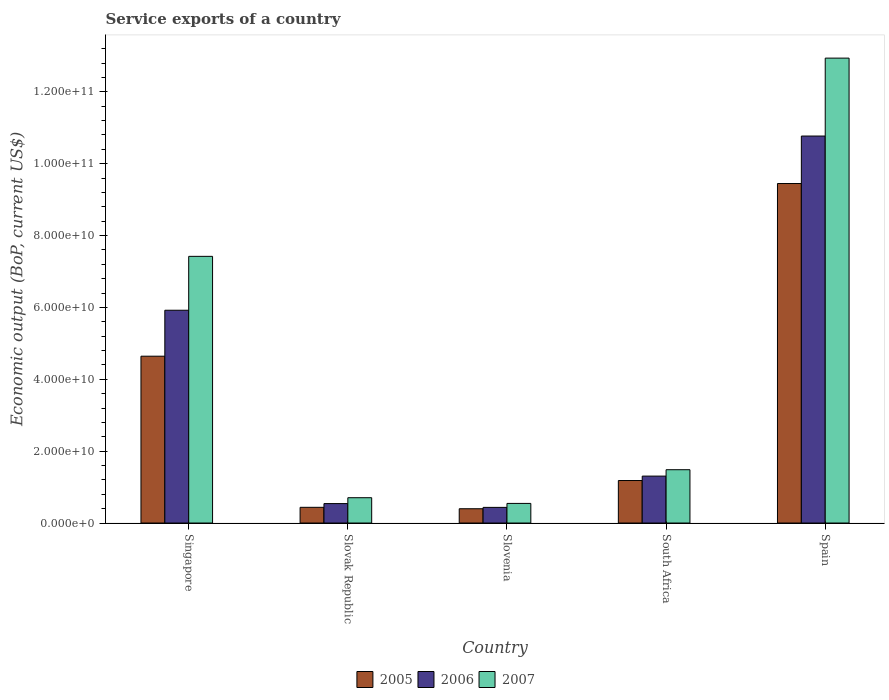
| Country | 2005 | 2006 | 2007 |
 | --- | --- | --- | --- |
 | Singapore | 4.64e+10 | 5.92e+10 | 7.42e+10 |
 | Slovak Republic | 4.37e+09 | 5.41e+09 | 7.04e+09 |
 | Slovenia | 3.98e+09 | 4.36e+09 | 5.46e+09 |
 | South Africa | 1.18e+10 | 1.31e+10 | 1.48e+10 |
 | Spain | 9.45e+10 | 1.08e+11 | 1.29e+11 |